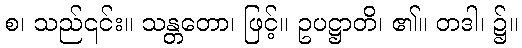
စ၊ သည်၎င်း။ သန္တတော၊ ဖြင့်။ ဥပဋ္ဌာတိ၊ ၏။ တဒါ၊ ၌။